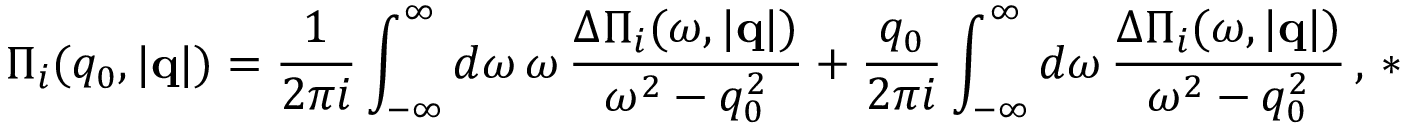
\Pi _ { i } ( q _ { 0 } , | { \bf q } | ) = { \frac { 1 } { 2 \pi i } } \int _ { - \infty } ^ { \infty } d \omega \, \omega \, { \frac { \Delta \Pi _ { i } ( \omega , | { \bf q } | ) } { \omega ^ { 2 } - q _ { 0 } ^ { 2 } } } + { \frac { q _ { 0 } } { 2 \pi i } } \int _ { - \infty } ^ { \infty } d \omega \, { \frac { \Delta \Pi _ { i } ( \omega , | { \bf q } | ) } { \omega ^ { 2 } - q _ { 0 } ^ { 2 } } } \, , \, *